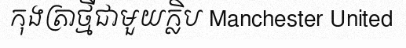
កុងត្រាថ្មីជាមួយក្លិប Manchester United